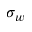
\sigma _ { w }